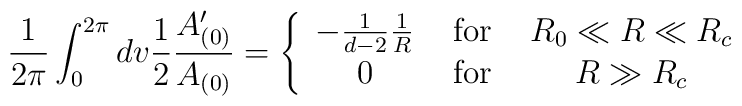
\frac{1}{2\pi} \int^{2\pi}_0 dv \frac{1}{2}\frac{A_{(0)}'}{A_{(0)}}= \left\{ \begin{array}{ccc} - \frac{1}{d-2} \frac{1}{R}& \mbox{ for } & R_0 \ll R \ll R_c \\0 & \mbox{ for } & R \gg R_c \end{array}   \right.